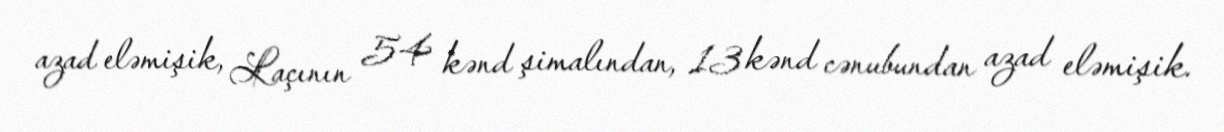
azad eləmişik, Laçının 54 kənd şimalından, 13 kənd cənubundan azad eləmişik.